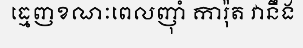
ធ្មេញខណៈពេលញុាំ ការ៉ុត វានឹង